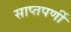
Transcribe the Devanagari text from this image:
साप्तपर्णी